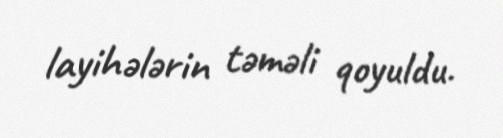
layihələrin təməli qoyuldu.